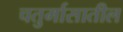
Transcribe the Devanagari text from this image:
चतुर्मासातील